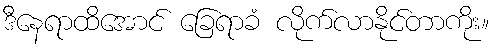
ဒီနေရာထိအောင် ခြေရာခံ လိုက်လာနိုင်တာကိုး။